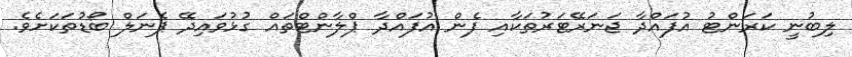
ލިބުނީ ކަރަންޓު އުފައްދާ ޖަނަރޭޓަރުތަކާއި ފެން އުފައްދާ ޕްލާންޓްތައް ގުޅުވައިދޭ ޕެނަލް ބޯޑުތަކަށެވެ.